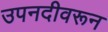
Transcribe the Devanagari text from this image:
उपनदीवरून